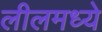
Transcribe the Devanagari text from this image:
लीलमध्ये